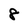
Character: 8